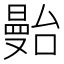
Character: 𱢶